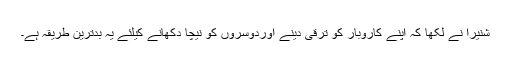
شنیرا نے لکھا کہ اپنے کاروبار کو ترقی دینے اوردوسروں کو نیچا دکھانے کیلئے یہ بدترین طریقہ ہے۔